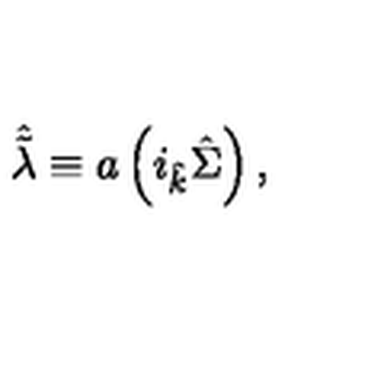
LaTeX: \hat { \tilde { \lambda } } \equiv a \left( i _ { \hat { k } } \hat { \Sigma } \right) ,